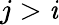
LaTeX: j>\mathit{i}